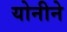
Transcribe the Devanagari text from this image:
योनीने